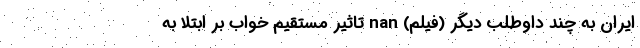
ايران به چند داوطلب دیگر (فیلم) nan تاثیر مستقیم خواب بر ابتلا به